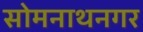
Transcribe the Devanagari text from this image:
सोमनाथनगर